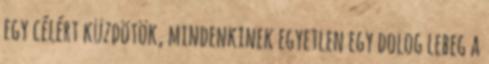
egy célért küzdötök, mindenkinek egyetlen egy dolog lebeg a